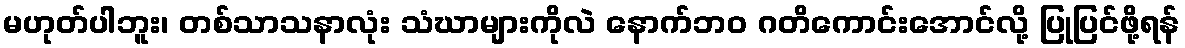
မဟုတ်ပါဘူး၊ တစ်သာသနာလုံး သံဃာများကိုလဲ နောက်ဘဝ ဂတိကောင်းအောင်လို့ ပြုပြင်ဖို့ရန်